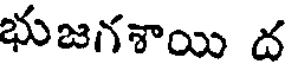
భుజగశాయి ద